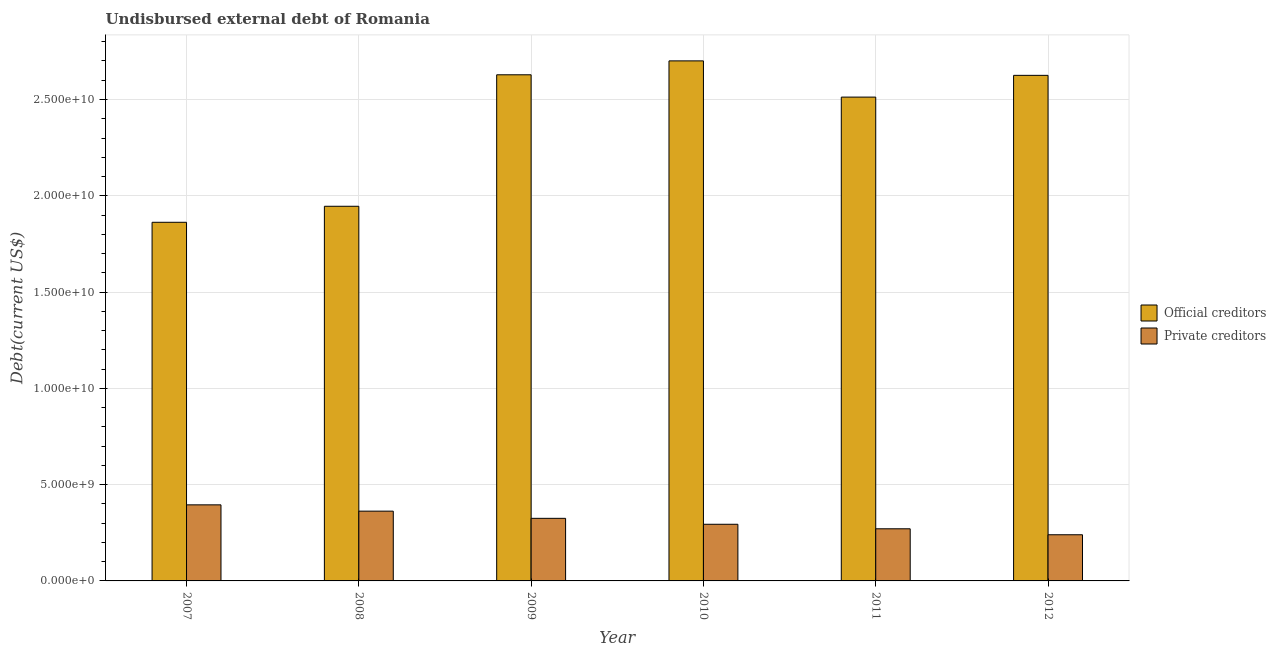
| Year | Official creditors | Private creditors |
 | --- | --- | --- |
 | 2007 | 1.86e+10 | 3.95e+09 |
 | 2008 | 1.95e+10 | 3.62e+09 |
 | 2009 | 2.63e+10 | 3.25e+09 |
 | 2010 | 2.7e+10 | 2.94e+09 |
 | 2011 | 2.51e+10 | 2.71e+09 |
 | 2012 | 2.63e+10 | 2.4e+09 |